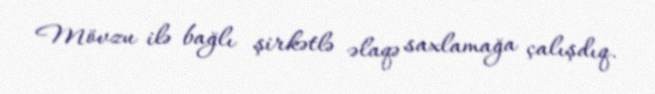
Mövzu ilə bağlı şirkətlə əlaqə saxlamağa çalışdıq.